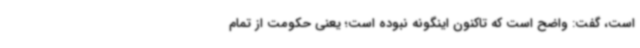
است، گفت: واضح است که تاکنون اینگونه نبوده است؛ یعنی حکومت از تمام